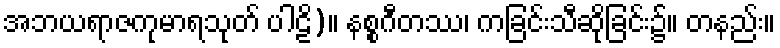
အဘယရာဇကုမာရသုတ် ပါဠိ)။ နစ္စဂီတဿ၊ ကခြင်းသီဆိုခြင်း၌။ တနည်း။